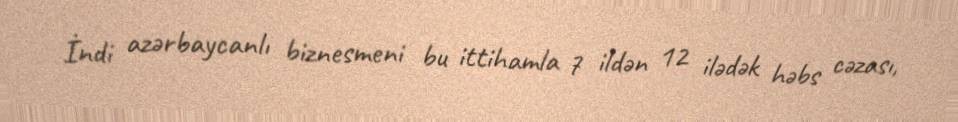
İndi azərbaycanlı biznesmeni bu ittihamla 7 ildən 12 ilədək həbs cəzası,